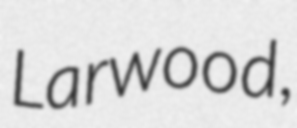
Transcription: Larwood,